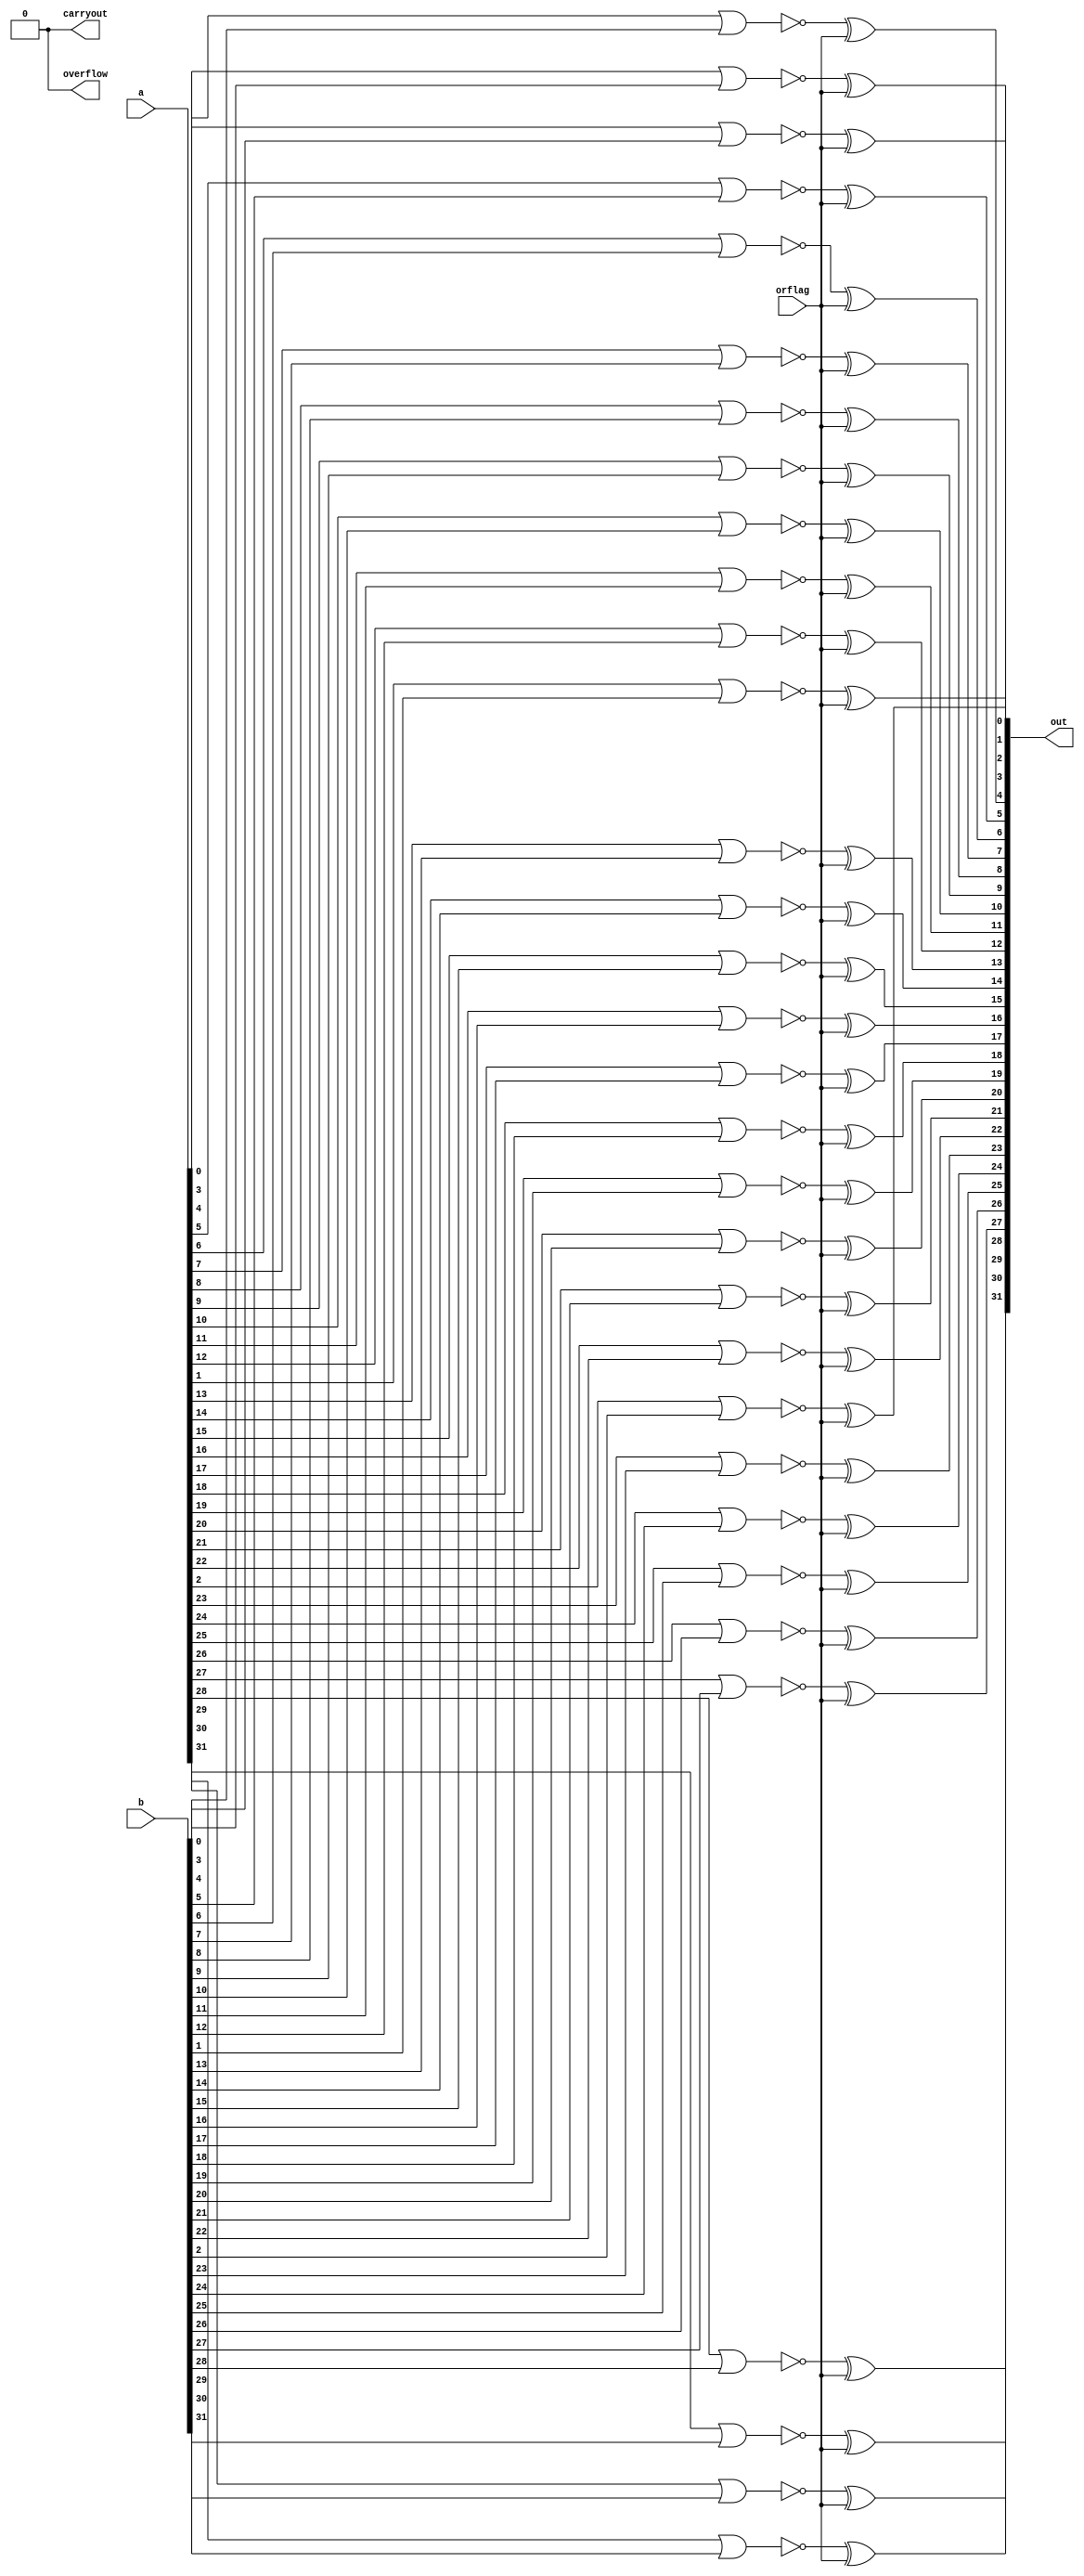
module full32BitOr
(
  output[31:0] out,
  output carryout,
  output overflow,
  input[31:0] a,
  input[31:0] b,
  input orflag
);
  assign carryout = 0;
  assign overflow = 0;
  // Generate all the gates
  genvar i;
  generate
    for (i=0; i<32; i=i+1)
    begin:genblock
      wire _out;
      // NOR the inputs
      nor(_out, a[i], b[i]);
      // XOR with andflag: if andflag, out will be AND, otherwise out is NAND
      xor(out[i], _out, orflag);
    end
  endgenerate

endmodule